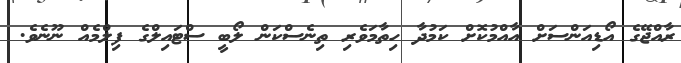
ރާއްޖޭގެ އޯޑިއަންސަށް އާއްމުކޮށް ކަމުދާ ހިތާމަވެރި ތިނެސްކަން ލޯބީ ސްޓައިލްގެ ފިލްމެއް ނޫނެވެ.